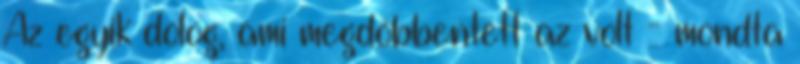
Az egyik dolog, ami megdöbbentett az volt - mondta